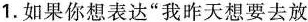
1.如果你想表达"我昨天想要去放